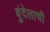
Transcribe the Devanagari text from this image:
बुंदेलाची